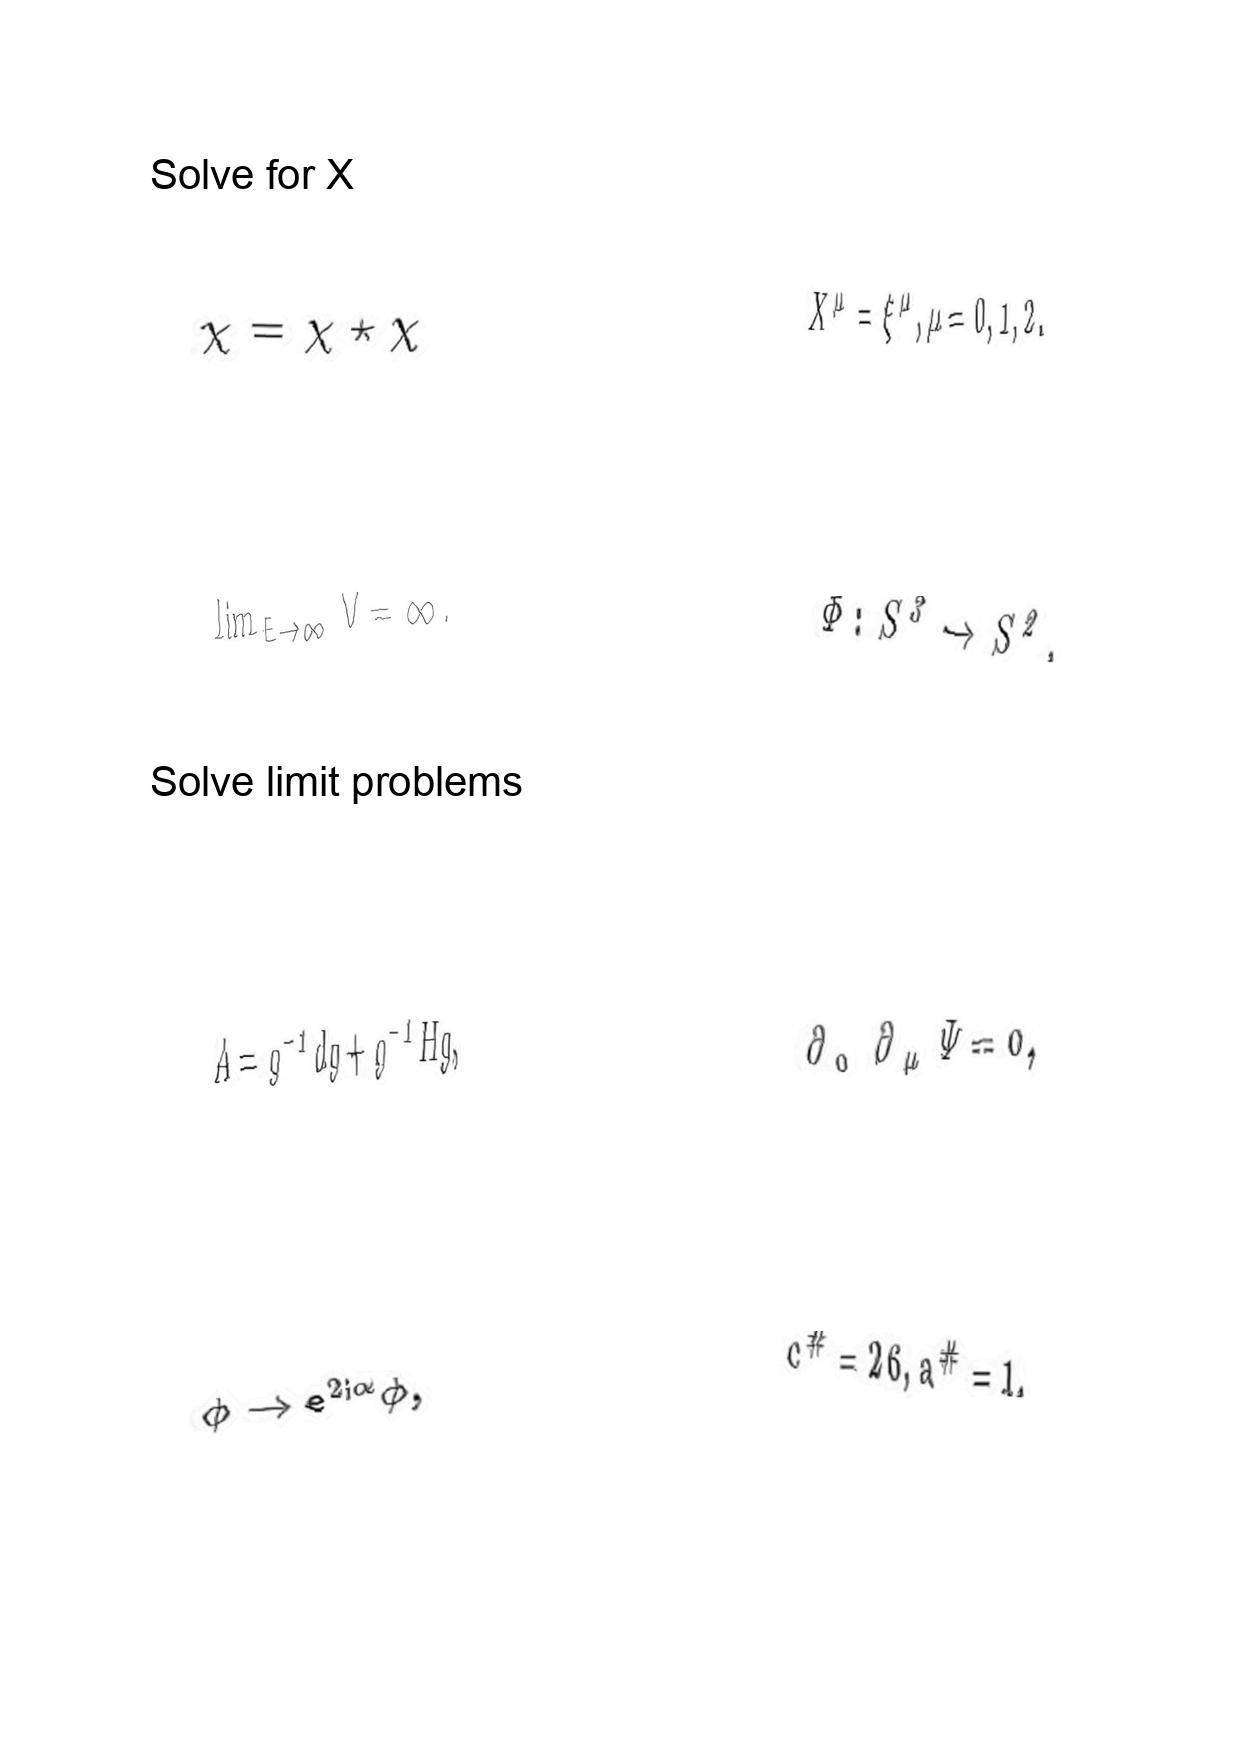
LaTeX transcription:
\chi = \chi \star \chi
\lim _ { E \to \infty } V = \infty .
A = g ^ { - 1 } d g + g ^ { - 1 } H g ,
\phi \rightarrow e ^ { 2 i \alpha } \phi ,
X ^ { \mu } = \xi ^ { \mu } , \mu = 0 , 1 , 2 .
\Phi : S ^ { 3 } \rightarrow S ^ { 2 } ,
\partial _ { 0 } \partial _ { \mu } \Psi = 0 ,
c ^ { \# } = 2 6 , a ^ { \# } = 1 ,